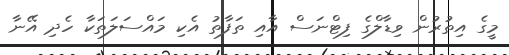
މީގެ އިތުރުން ވިޑާލްގެ ފިޓްނަސް އާއި ތަފާތު އެކި މައްސަލަތަކާ ހެދި އޭނާ